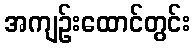
အကျဉ်းထောင်တွင်း